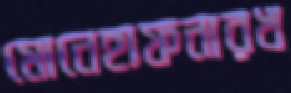
মোনেহাফনারখ